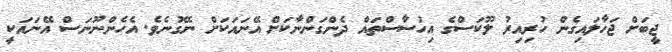
ޖީބަށް ޖަހާލައިގެން ހުރިއިރު ލޫކަސްގެ އިހުސާސްތައް ދެންގަންނާކަށް އޭނައަކަށް ނޭގުނެވެ. އެހެންނޫނަސް އޭނައަކީ